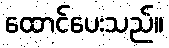
ထောင်ပေးသည်။